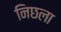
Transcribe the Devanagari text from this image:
निछला